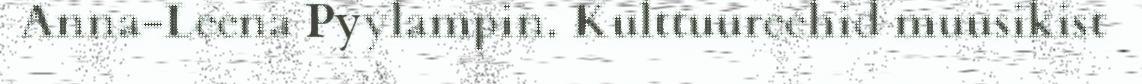
Anna-Leena Pyylampin. Kulttuureehid muusikist